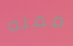
ممله